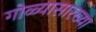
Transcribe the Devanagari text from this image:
गोळ्यासारख्या